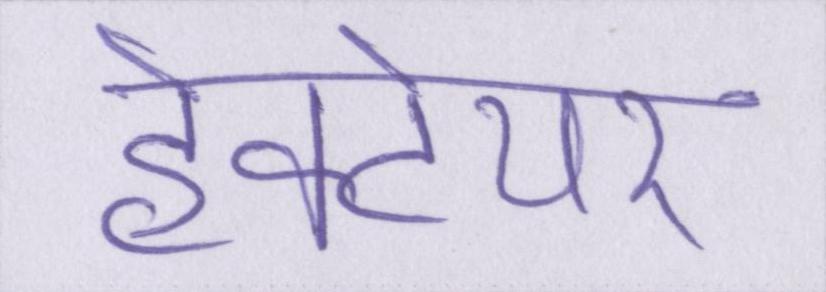
हेक्टेयर